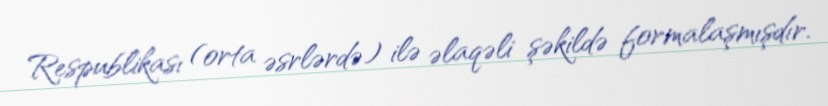
Respublikası (orta əsrlərdə) ilə əlaqəli şəkildə formalaşmışdır.